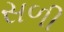
સળી